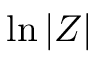
\ln { \lvert Z \rvert }